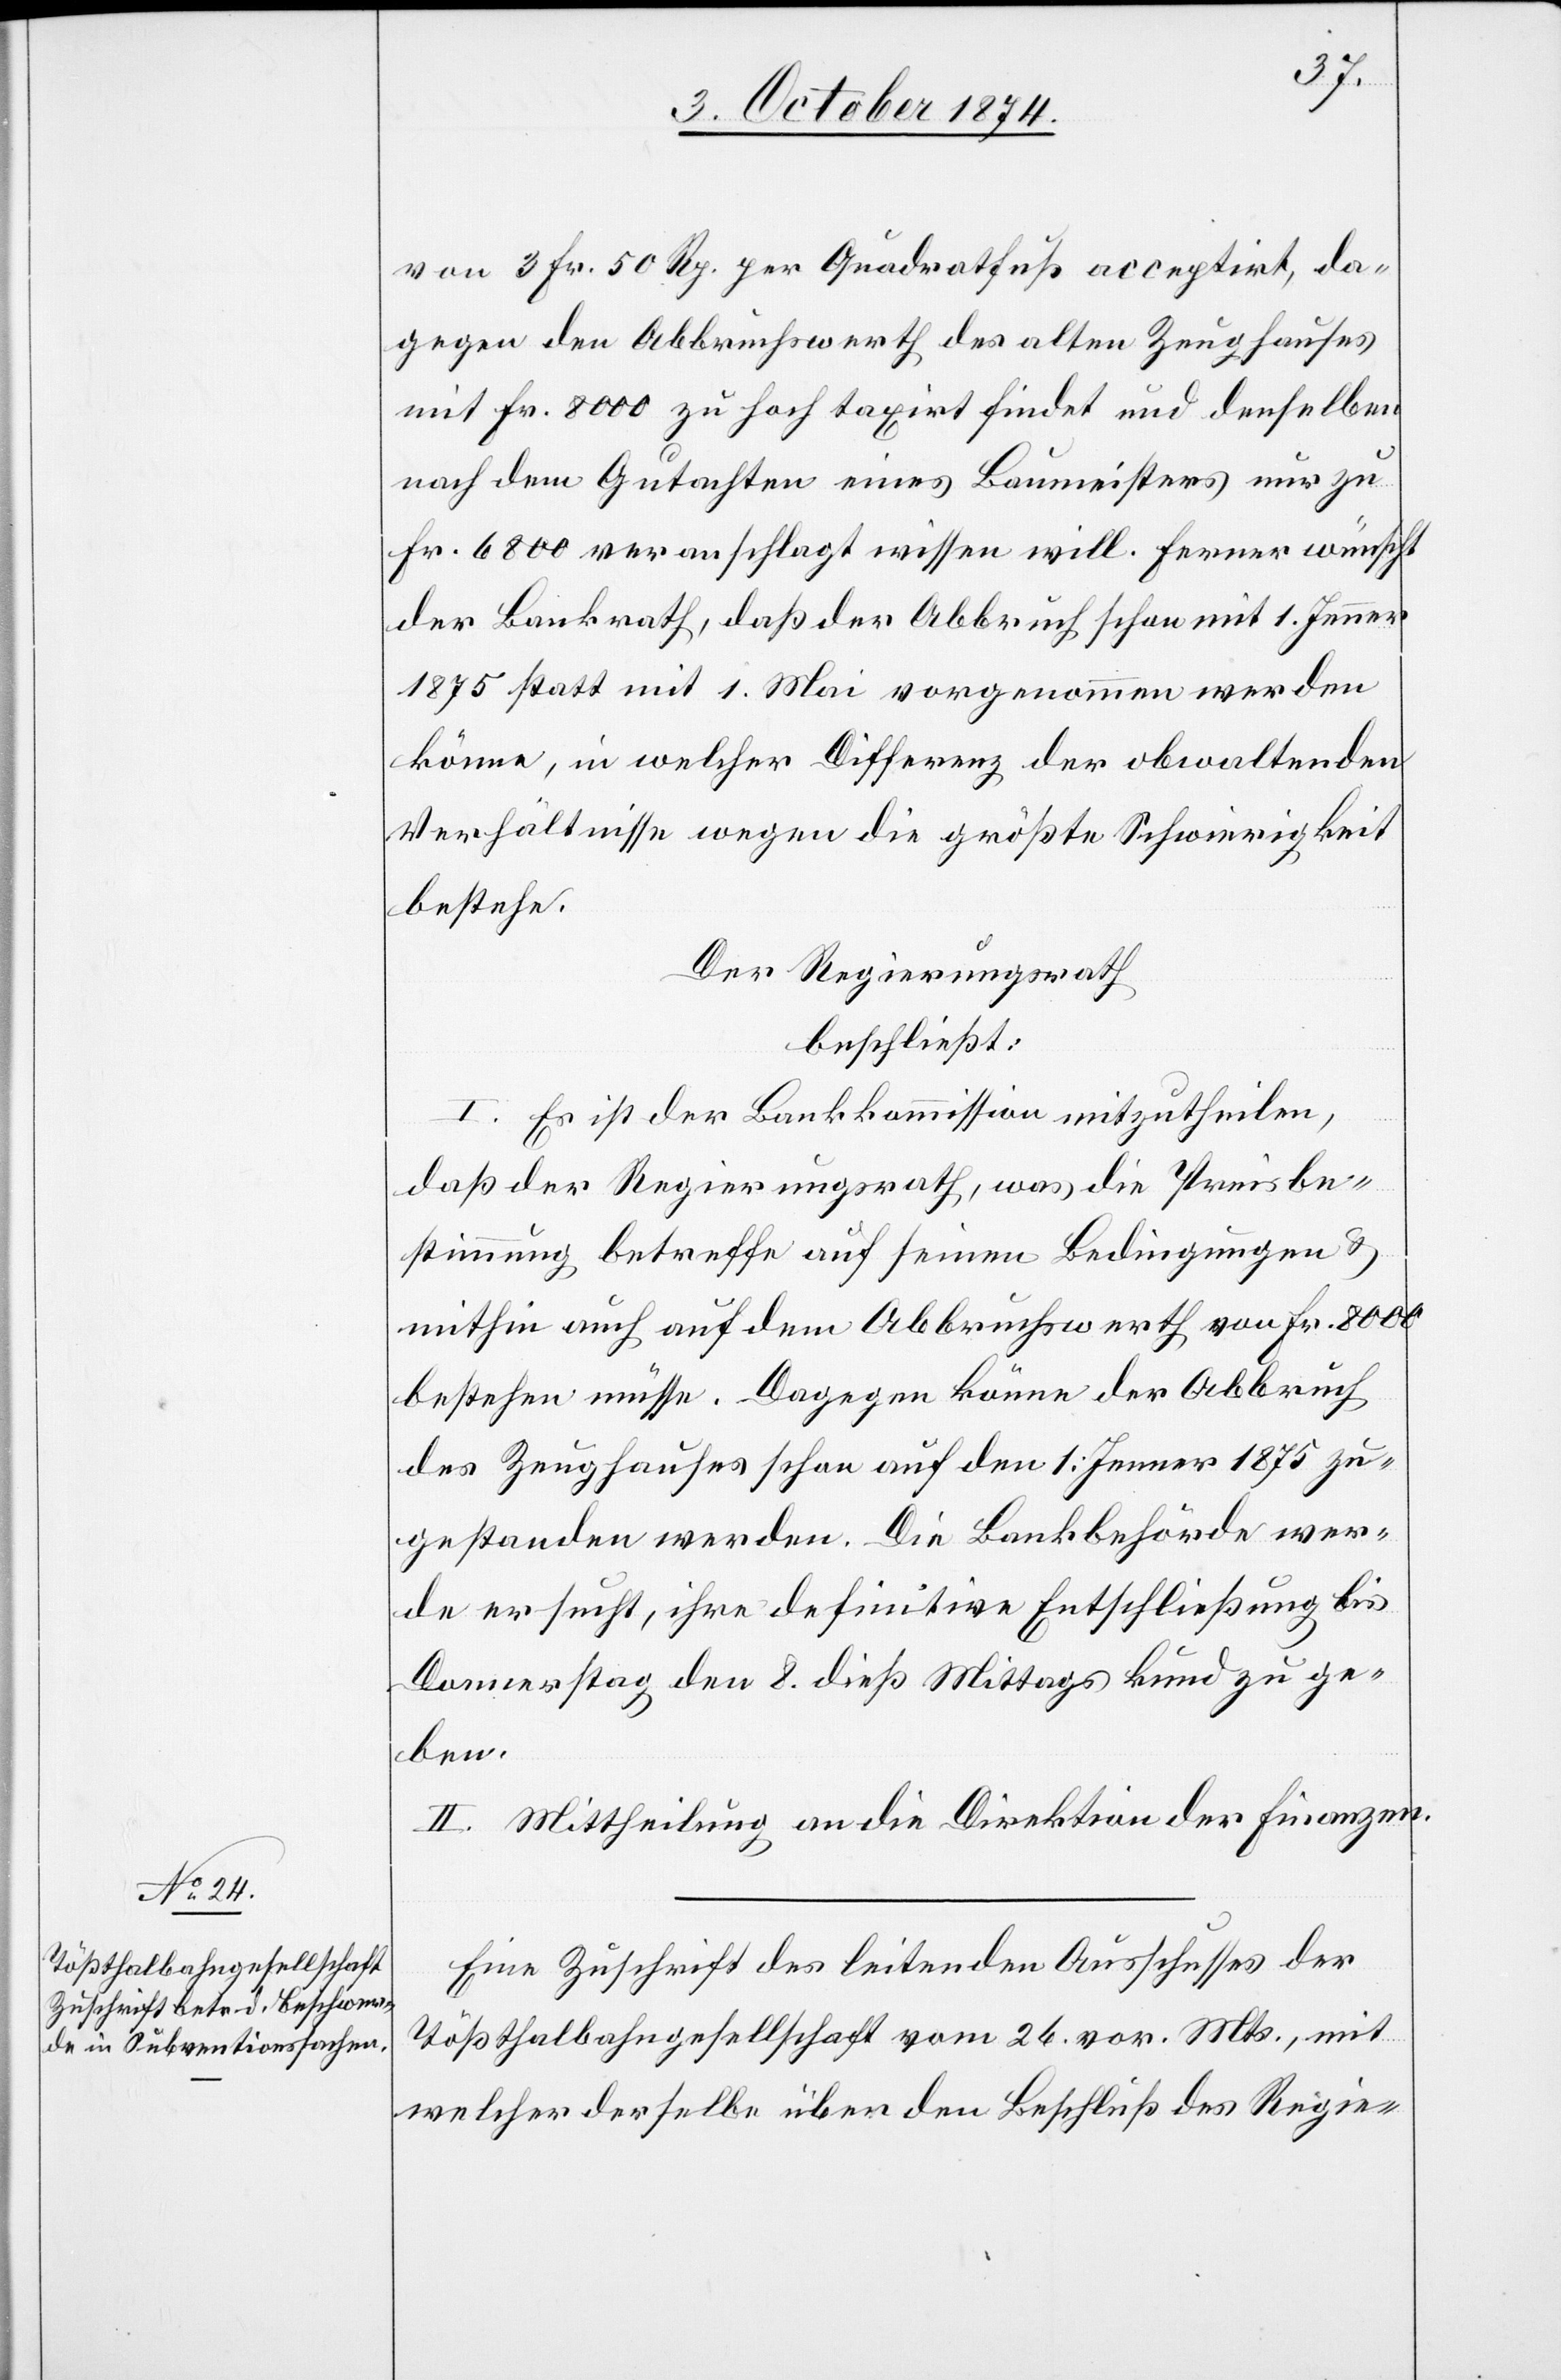
von 3 Fr. 50 Rp. per Quadratfuß acceptirt, da¬
gegen den Abbruchwerth des alten Zeughauses
mit Fr. 8000 zu hoch taxirt findet und denselben
nach dem Gutachten eines Baumeisters nur zu
Fr. 6800 veranschlagt wissen will. Ferner wünscht
der Bankrath, daß der Abbruch schon mit 1. Jenner
1875 statt mit 1. Mai vorgenommen werden
könne, in welcher Differenz der obwaltenden
Verhältnisse wegen die größte Schwierigkeit
bestehe.
Der Regierungsrath,
beschließt:
I. Es ist der Bankkommission mitzutheilen,
daß der Regierungsrath, was die Preisbe¬
stimmung betreffe auf seinen Bedingungen &
mithin auch auf dem Abbruchwerth von Fr. 8000
bestehen müsse. Dagegen könne der Abbruch
des Zeughauses schon auf den 1. Jenner 1875 zu¬
gstanden werden. die Bankbehörde wer¬
de ersucht, ihre definitive Entschließung bis
Donnerstag den 8. dieß Mittags kund zu ge¬
ben.
II. Mittheilung an die Direktion der Finanzen.
Eine Zuschrift des leitenden Ausschusses der
Tößthalbahngesellschaft vom 26. vor. Mts., mit
welcher derselbe über den Beschluß des Regie-